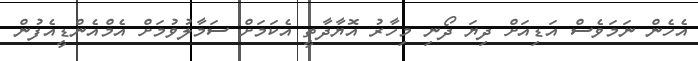
އެހެން ނަމަވެސް އަޑިއަށް ދިޔަ ދޯނި މިހާރު އޮޔާދާތީ އެކަމަށް ސަމާލުވުމަށް އެމްއެންޑީއެފުން